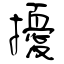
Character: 擾